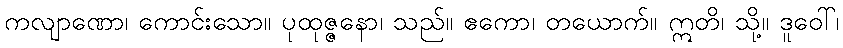
ကလျာဏော၊ ကောင်းသော။ ပုထုဇ္ဇနော၊ သည်။ ဧကော၊ တယောက်။ ဣတိ၊ သို့။ ဒူဝေါ်၊